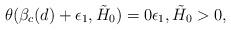
LaTeX: \begin{align*}\theta(\beta_c(d)+\epsilon_1, \tilde{H}_0)=0 \epsilon_1, \tilde{H}_0>0,\end{align*}